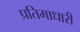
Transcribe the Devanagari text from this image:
प्रतिमाधारी